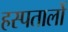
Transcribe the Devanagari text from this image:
हस्पतालों